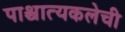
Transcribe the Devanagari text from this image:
पाश्चात्यकलेची